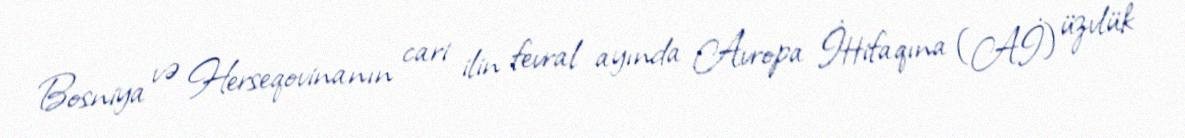
Bosniya və Herseqovinanın cari ilin fevral ayında Avropa İttifaqına (Aİ) üzvlük